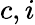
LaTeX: c,i